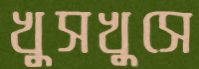
খুসখুসে